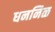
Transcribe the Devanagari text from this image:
धननिळ